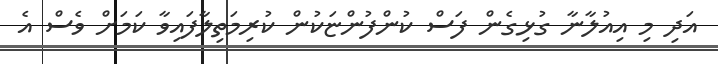
އަދި މި އިއުލާނާ ގުޅިގެން ފަސް ކުންފުންޏަކުން ކުރިމަތިލާފައިވާ ކަމަށް ވެސް އެ